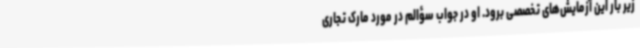
زیر بار این آزمایش‌های تخصصی برود. او در جواب سؤالم در مورد مارک تجاری